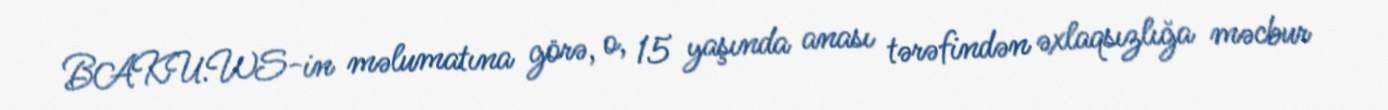
BAKU.WS-in məlumatına görə, o, 15 yaşında anası tərəfindən əxlaqsızlığa məcbur